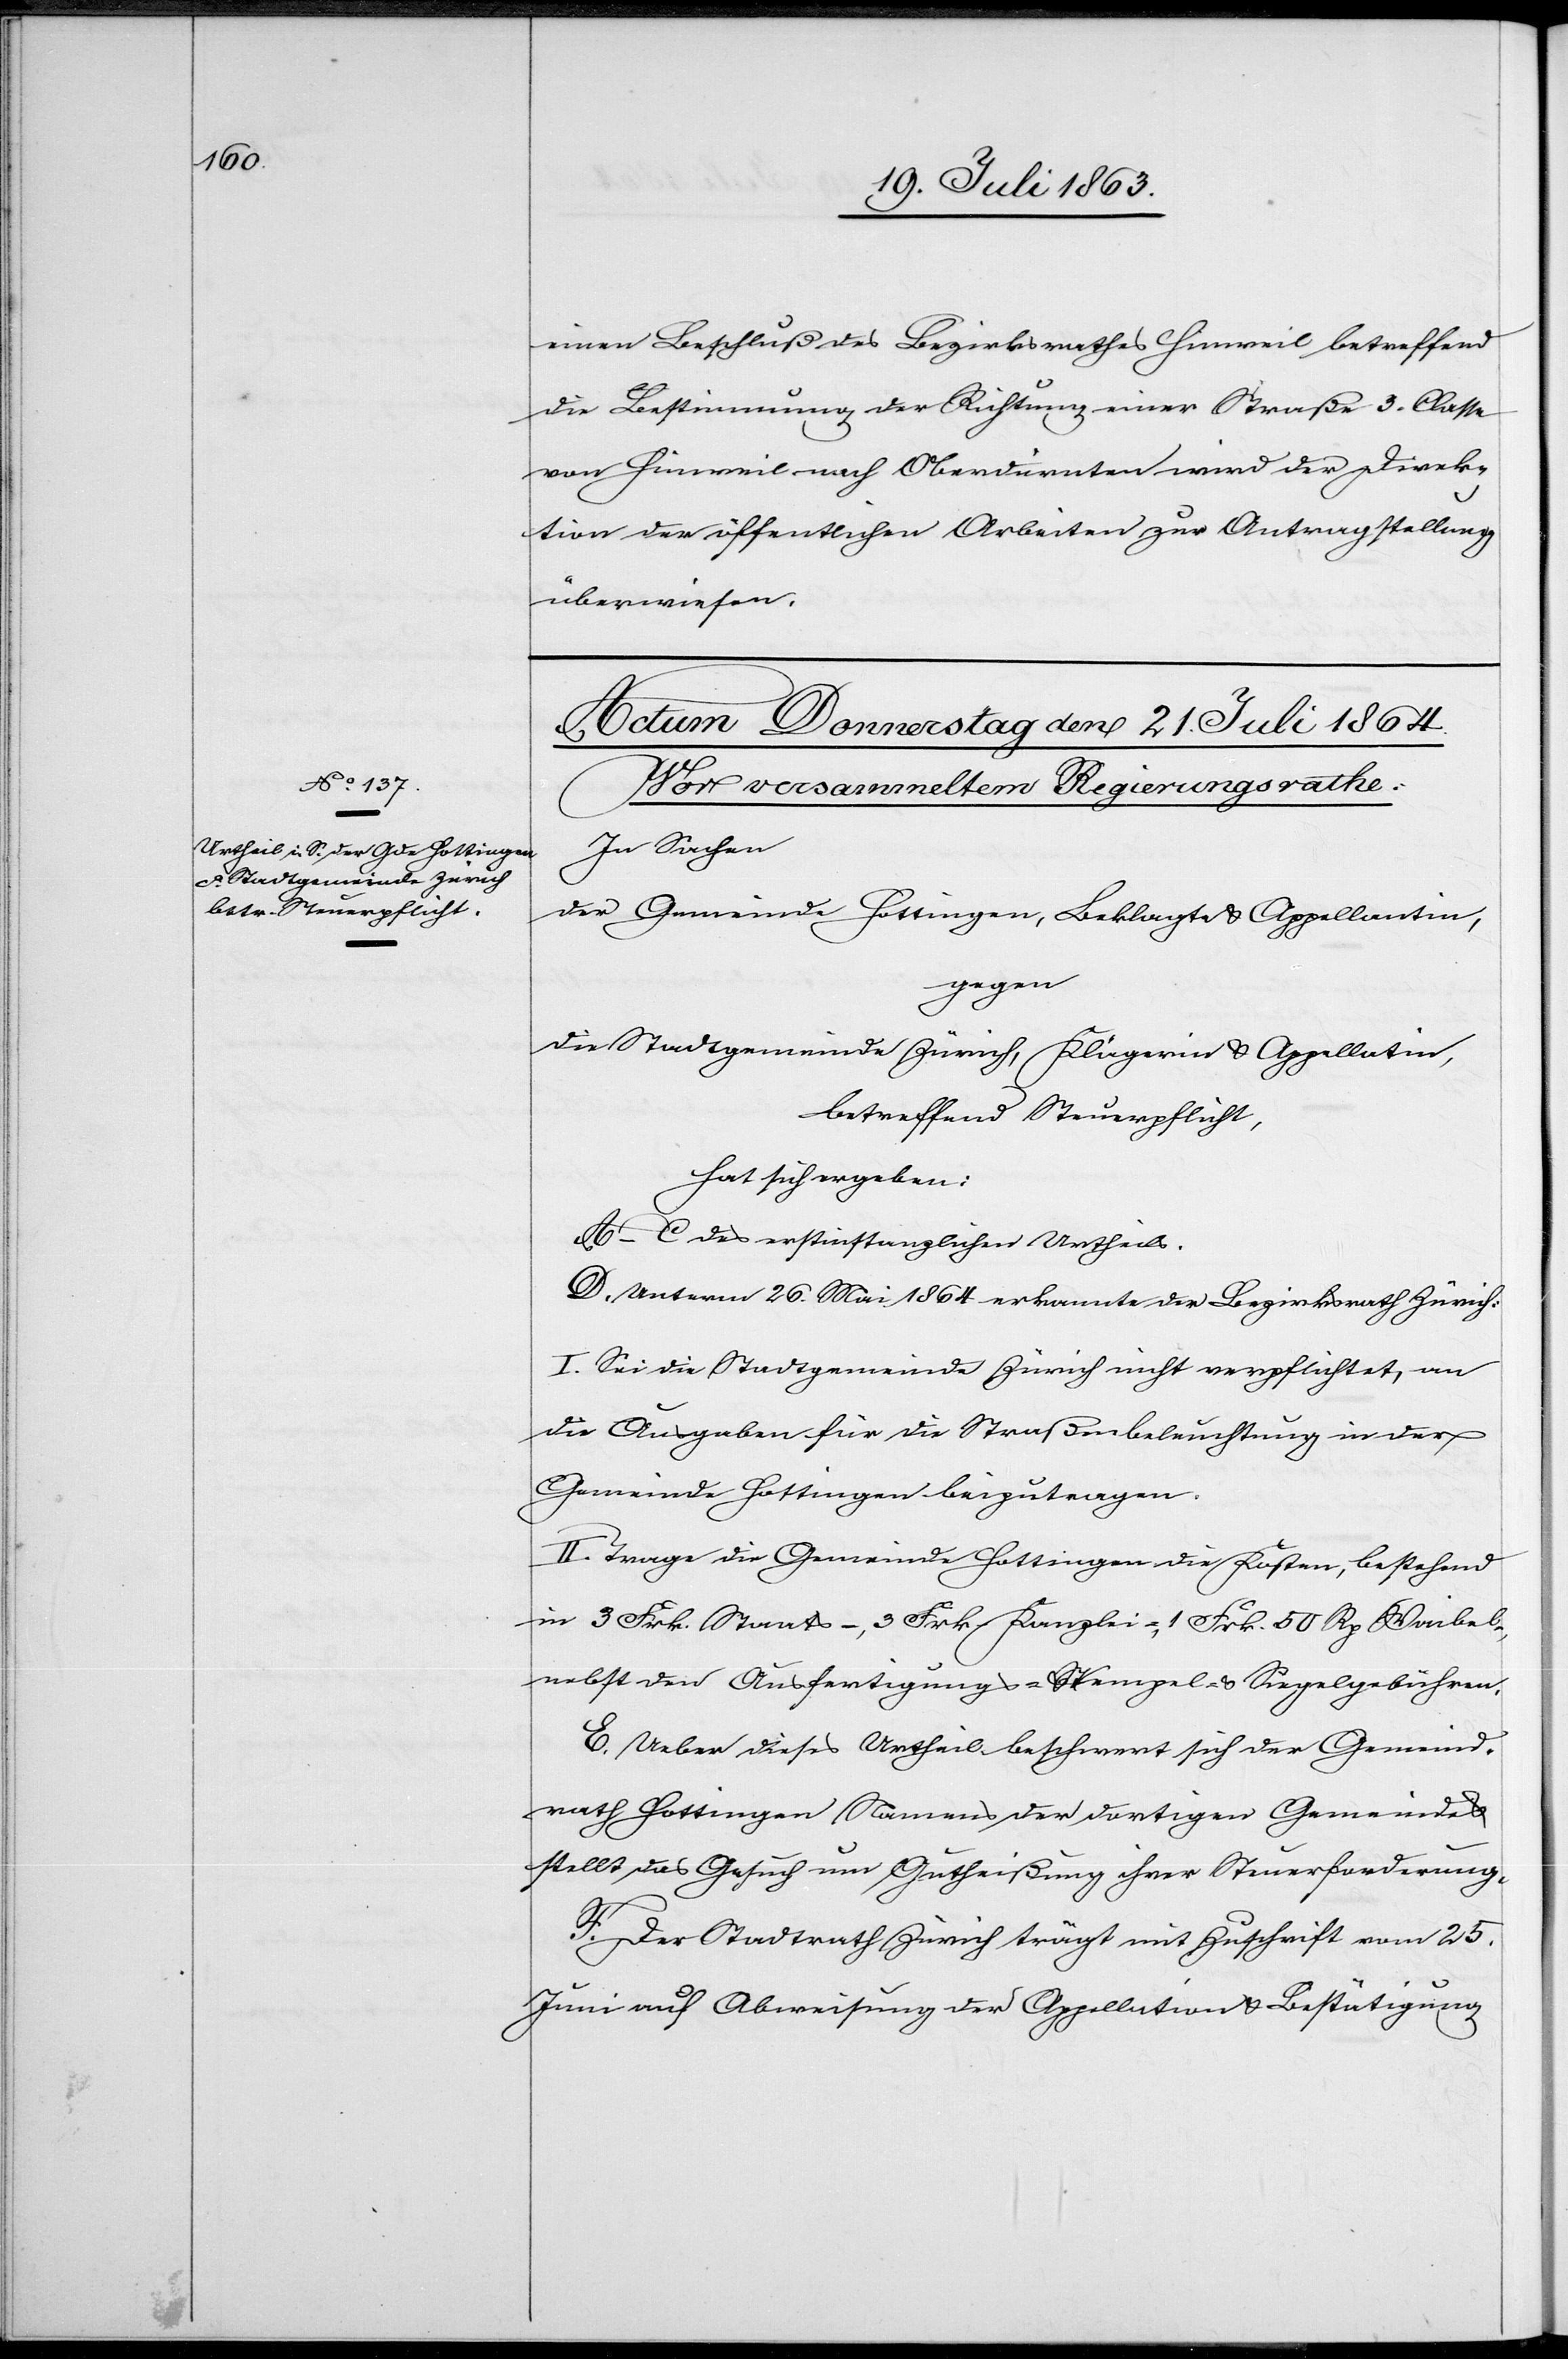
einen Beschluß des Bezirksrathes Hinweil betreffend
die Bestimmung der Richtung einer Straße 3. Classe
von Hinweil nach Oberdürnten wird der Direk¬
tion der öffentlichen Arbeiten zur Antragstellung
überwiesen.
In Sachen
der Gemeinde Hottingen, Beklagte u. Appellantin,
gegen
die Stadtgemeinde Zürich, Klägerin u. Appellatin,
betreffend Steuerpflicht,
hat sich ergeben:
A–C des erstinstanzlichen Urtheils.
D. Unterm 26. Mai 1864 erkannte der Bezirksrath Zürich:
I. Sei die Stadtgemeinde Zürich nicht verpflichtet, an
die Ausgaben für die Straßenbeleuchtung in der
Gemeinde Hottingen beizutragen.
II. Trage die Gemeinde Hottingen die Kosten, bestehend
in 3 Frk. Staats-, 3 Frk. Kanzlei, 1 Frk. 50 Rp Waibel-[,]
nebst den Ausfertigungs-[,] Stempel- u. Siegelgebühren.
E. Ueber dieses Urtheil beschwert sich der Gemeind¬
rath Hottingen Namens der dortigen Gemeinde
stellt das Gesuch um Gutheißung ihrer Steuerforderung.
F. Der Stadtrath Zürich trägt mit Zuschrift vom 25.
Juni auf Abweisung der Appellation u. Bestätigung